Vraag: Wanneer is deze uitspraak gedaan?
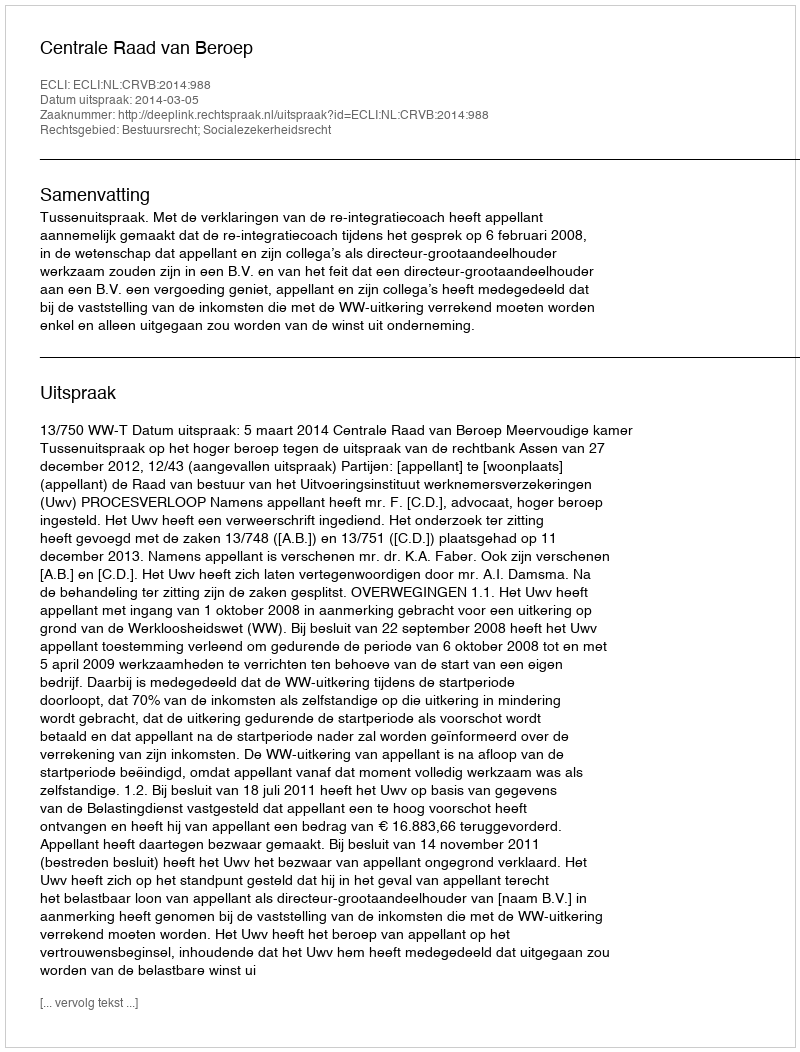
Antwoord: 2014-03-05